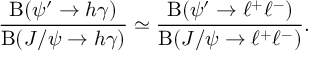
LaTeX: \frac { \mathrm { B } ( \psi ^ { \prime } \to h \gamma ) } { \mathrm { B } ( J / \psi \to h \gamma ) } \simeq \frac { \mathrm { B } ( \psi ^ { \prime } \to \ell ^ { + } \ell ^ { - } ) } { \mathrm { B } ( J / \psi \to \ell ^ { + } \ell ^ { - } ) } .